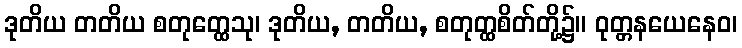
ဒုတိယ တတိယ စတုတ္ထေသု၊ ဒုတိယ, တတိယ, စတုတ္ထစိတ်တို့၌။ ဝုတ္တနယေနေဝ၊